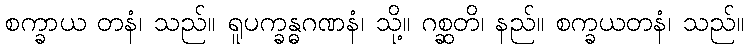
စက္ခာယ တနံ၊ သည်။ ရူပက္ခန္ဓဂဏနံ၊ သို့။ ဂစ္ဆတိ၊ နည်။ စက္ခယတနံ၊ သည်။